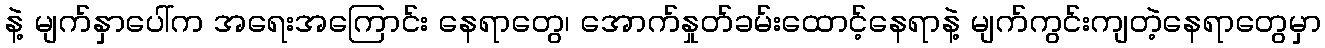
နဲ့ မျက်နှာပေါ်က အရေးအကြောင်း နေရာတွေ၊ အောက်နှုတ်ခမ်းထောင့်နေရာနဲ့ မျက်ကွင်းကျတဲ့နေရာတွေမှာ